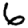
Digit: 6